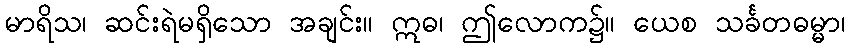
မာရိသ၊ ဆင်းရဲမရှိသော အချင်း။ ဣဓ၊ ဤလောက၌။ ယေစ သင်္ခတဓမ္မာ၊